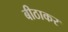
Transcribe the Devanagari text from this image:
बीठाकर